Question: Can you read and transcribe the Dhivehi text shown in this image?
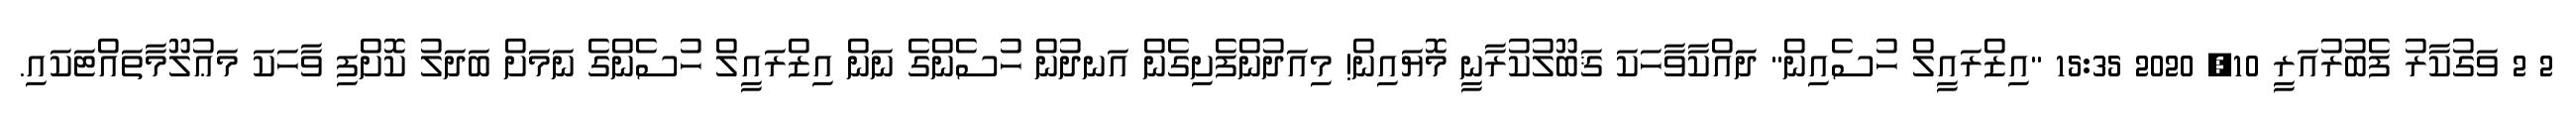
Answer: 2 2 ވަގުކާރު ފެބުރުއަރީ 10, 2020 15:35 "އިޒްރައީލް ހުސެއިން" ދައްކާވާހަކަ ޤަބޫލުކުރާނީ މޮޔައިން! މިއަދުންފެށިގެން އަނދުން ހުސެންގެ ނަން އިޒްރައީލް ހުސެންގެ ނަމަށް ބަދަލު ކޮށްފި ވާހަކަ މަޢުލޫމާތައްޓަކައި.